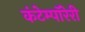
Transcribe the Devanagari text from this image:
कंटेम्पॉरेरी